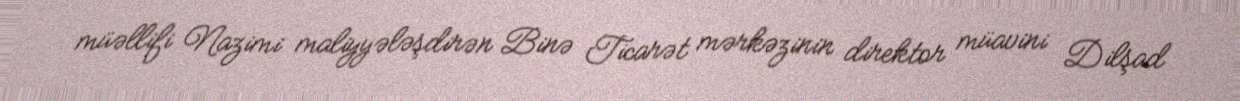
müəllifi Nazimi maliyyələşdirən Binə Ticarət mərkəzinin direktor müavini Dilşad